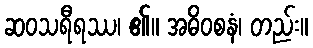
ဆဝသရီရဿ၊ ၏။ အဓိဝစနံ၊ တည်း။